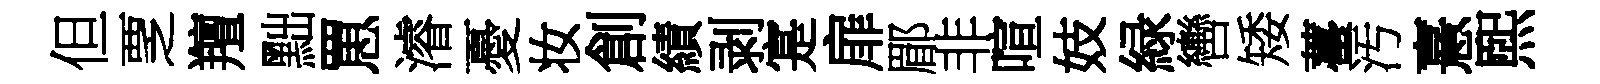
但覂羶黜罳濬憂妆創績剥寔扉郿非喧妓緑轡矮薹汚憙煕